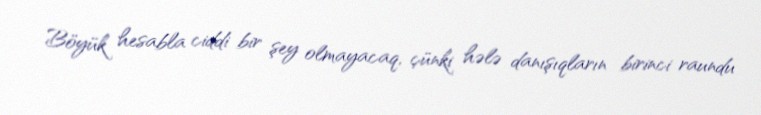
Böyük hesabla ciddi bir şey olmayacaq, çünki hələ danışıqların birinci raundu